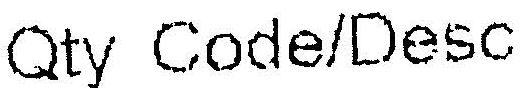
QTY CODE/DESC